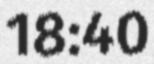
18:40